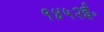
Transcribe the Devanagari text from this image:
१४५२ई॰